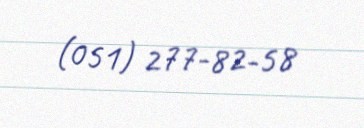
(051) 277-82-58